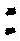
: